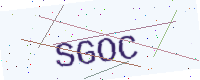
Text: SGOC